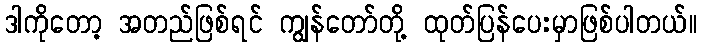
ဒါကိုတော့ အတည်ဖြစ်ရင် ကျွန်တော်တို့ ထုတ်ပြန်ပေးမှာဖြစ်ပါတယ်။